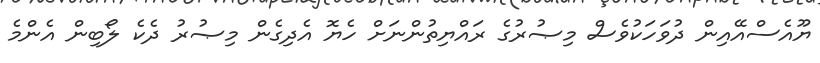
ޔޫއެސްއޭއިން ދުވަހަކުވެސް މިޞުރުގެ ރައްޔިތުންނަށް ހެޔޮ އެދިގެން މިޞުރު ދެކެ ލޯބިން އެންމެ